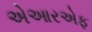
એઆરએફ